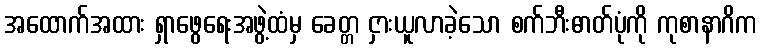
အထောက်အထား ရှာဖွေရေးအဖွဲ့ထံမှ ခေတ္တ ငှားယူလာခဲ့သော စက်ဘီးဓာတ်ပုံကို ကုစာနာဂိက